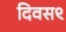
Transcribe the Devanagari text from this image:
दिवस९